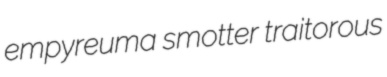
empyreuma smotter traitorous